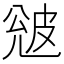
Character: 𭽦